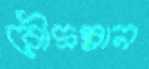
রৌদ্রস্নান